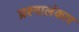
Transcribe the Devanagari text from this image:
प्रश्नालंकार